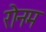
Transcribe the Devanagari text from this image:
रोनम